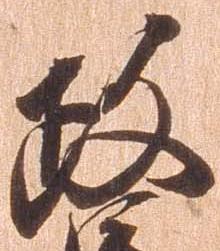
政